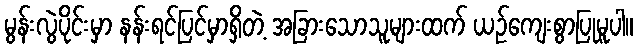
မွန်းလွဲပိုင်းမှာ နန်းရင်ပြင်မှာရှိတဲ့ အခြားသောသူများထက် ယဉ်ကျေးစွာပြုမူပါ။